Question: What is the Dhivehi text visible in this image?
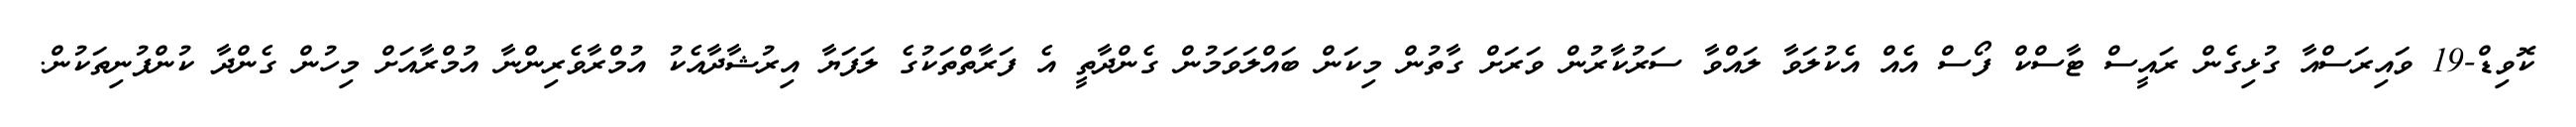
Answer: ކޮވިޑް-19 ވައިރަސްއާ ގުޅިގެން ރައީސް ޓާސްކް ފޯސް އެއް އެކުލަވާ ލައްވާ ސަރުކާރުން ވަރަށް ގާތުން މިކަން ބައްލަވަމުން ގެންދާތީ އެ ފަރާތްތަކުގެ ލަފަޔާ އިރުޝާދާއެކު އުމްރާވެރިންނާ އުމްރާއަށް މިހުން ގެންދާ ކުންފުނިތަކުން.